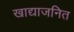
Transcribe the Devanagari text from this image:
खाद्याजनित